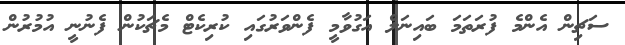
ސަޗިން އެންމެ ފުރަތަމަ ބައިނަލް އަގުވާމީ ފެންވަރުގައި ކުރިކެޓް މެޗަކުން ފެނުނީ އުމުރުން